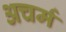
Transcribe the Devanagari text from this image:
अचर्म